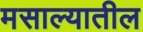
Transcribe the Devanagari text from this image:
मसाल्यातील